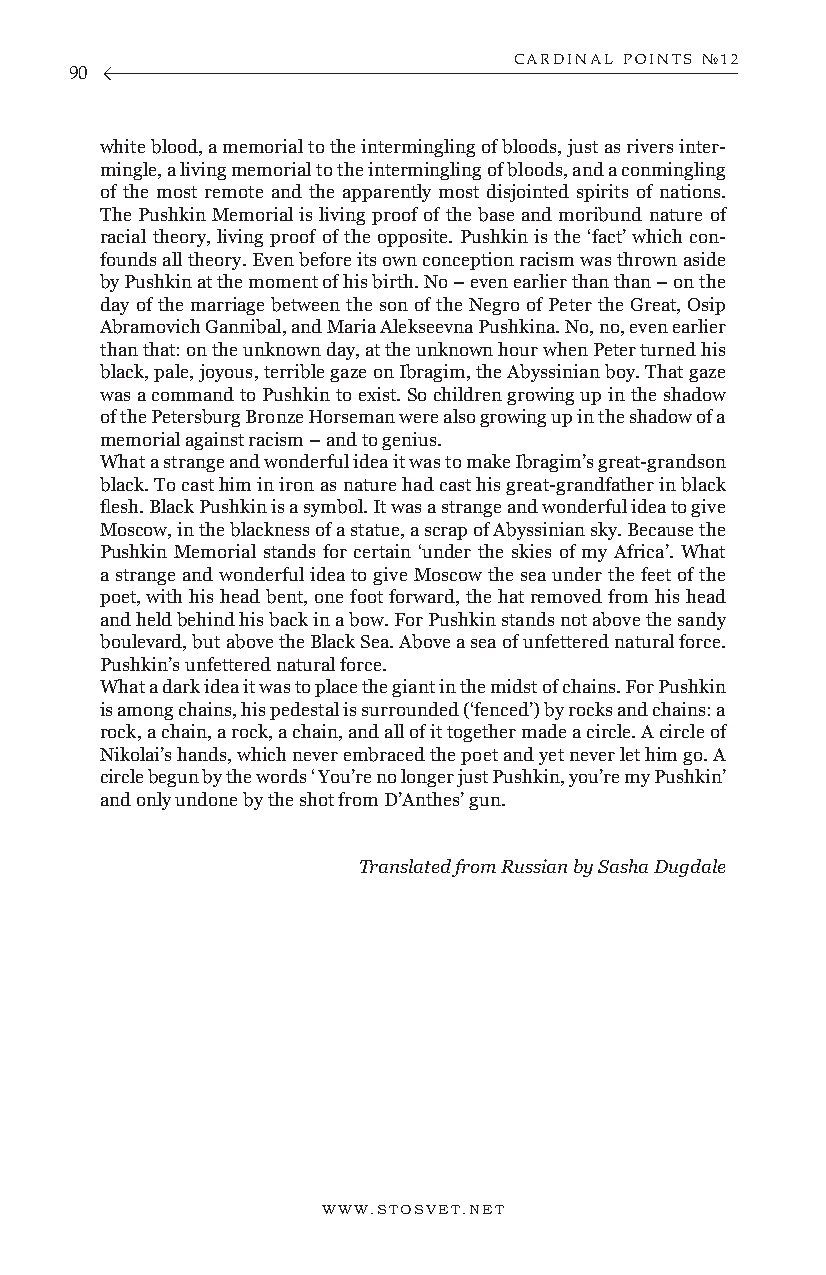
CARDINAL POINTS №12
 90
 white blood, a memorial to the intermingling of bloods, just as rivers inter-
 mingle, a living memorial to the intermingling of bloods, and a conmingling
 of the most remote and the apparently most disjointed spirits of nations.
 The Pushkin Memorial is living proof of the base and moribund nature of
 racial theory, living proof of the opposite. Pushkin is the ‘fact’ which con-
 founds all theory. Even before its own conception racism was thrown aside
 by Pushkin at the moment of his birth. No – even earlier than than – on the
 day of the marriage between the son of the Negro of Peter the Great, Osip
 Abramovich Gannibal, and Maria Alekseevna Pushkina. No, no, even earlier
 than that: on the unknown day, at the unknown hour when Peter turned his
 black, pale, joyous, terrible gaze on Ibragim, the Abyssinian boy. That gaze
 was a command to Pushkin to exist. So children growing up in the shadow
 of the Petersburg Bronze Horseman were also growing up in the shadow of a
 memorial against racism – and to genius.
 What a strange and wonderful idea it was to make Ibragim’s great-grandson
 black. To cast him in iron as nature had cast his great-grandfather in black
 flesh. Black Pushkin is a symbol. It was a strange and wonderful idea to give
 Moscow, in the blackness of a statue, a scrap of Abyssinian sky. Because the
 Pushkin Memorial stands for certain ‘under the skies of my Africa’. What
 a strange and wonderful idea to give Moscow the sea under the feet of the
 poet, with his head bent, one foot forward, the hat removed from his head
 and held behind his back in a bow. For Pushkin stands not above the sandy
 boulevard, but above the Black Sea. Above a sea of unfettered natural force.
 Pushkin’s unfettered natural force.
 What a dark idea it was to place the giant in the midst of chains. For Pushkin
 is among chains, his pedestal is surrounded (‘fenced’) by rocks and chains: a
 rock, a chain, a rock, a chain, and all of it together made a circle. A circle of
 Nikolai’s hands, which never embraced the poet and yet never let him go. A
 circle begun by the words ‘ You’re no longer just Pushkin, you’re my Pushkin’
 and only undone by the shot from D’Anthes’ gun.
 Translated from Russian by Sasha Dugdale
 WWW.STOSVET.NET                                        WWW.STOSVET.NET